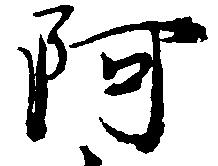
阿